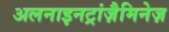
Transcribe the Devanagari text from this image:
अलनाइनट्रांज़ैमिनेज़